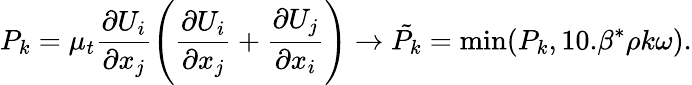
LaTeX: P_{k}=\mu_{t}\frac{\partial U_{i}}{\partial x_{j}}\Bigg(\frac{\partial U_{i}}{\partial x_{j}}+\frac{\partial U_{j}}{\partial x_{i}}\Bigg)\to\tilde{P_{k}}=\operatorname*{min}(P_{k},10.\beta^{*}\rho k\omega).